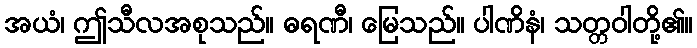
အယံ၊ ဤသီလအစုသည်။ ဓရဏီ၊ မြေသည်။ ပါဏိနံ၊ သတ္တဝါတို့၏။